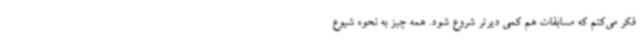
فکر می‌کنم که مسابقات هم کمی دیرتر شروع شود. همه چیز به نحوه شیوع